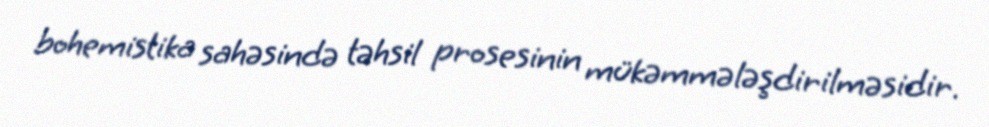
bohemistika sahəsində təhsil prosesinin mükəmmələşdirilməsidir.